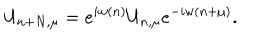
U _ { n + N , \mu } = e ^ { i w ( n ) } U _ { n , \mu } e ^ { - i w ( n + \mu ) } .